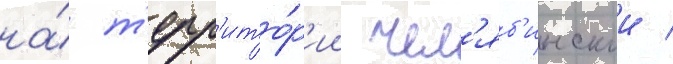
на́ т'ерр'ито́р'ии чел'яб'инскои /